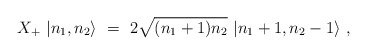
\begin{align*}X_+ \ |n_1 ,n_2 \rangle \ = \ 2\sqrt{(n_1 +1) n_2} \ |n_1 +1,n_2 -1\rangle \ ,\end{align*}